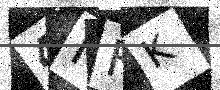
Text: 4IHK